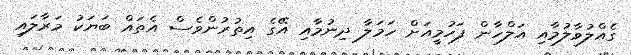
ގެއްލުވާލުމާއި އަލްހާން ފަހުމީއަށް ހަމަލާ ދިނުމާއި އޭގެ އިތުރުންވެސް އެތައް ބަޔަކު މަރާލައި